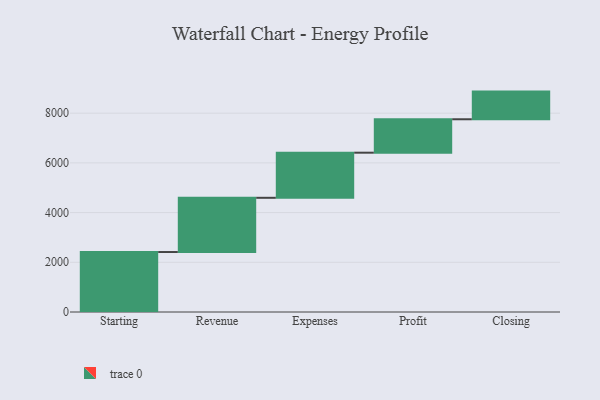
{"axis": {"x": "Step", "y": "Value"}, "legend": [""], "data": [{"x": "Starting", "y": 2413.0, "type": ""}, {"x": "Revenue", "y": 2182.0, "type": ""}, {"x": "Expenses", "y": 1815.0, "type": ""}, {"x": "Profit", "y": 1345.0, "type": ""}, {"x": "Closing", "y": 1113.0, "type": ""}]}